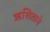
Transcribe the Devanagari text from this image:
ऋशिताने